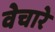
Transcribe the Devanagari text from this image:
वेचारे